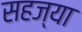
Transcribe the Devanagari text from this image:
सहज्या